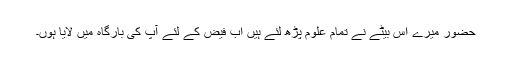
حضور میرے اس بیٹے نے تمام علوم پڑھ لئے ہیں اب فیض کے لئے آپ کی بارگاہ میں لایا ہوں۔